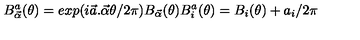
B _ { \vec { \alpha } } ^ { a } ( \theta ) = e x p ( i \vec { a } . \vec { \alpha } \theta / 2 \pi ) B _ { \vec { \alpha } } ( \theta ) B _ { i } ^ { a } ( \theta ) = B _ { i } ( \theta ) + a _ { i } / 2 \pi